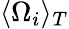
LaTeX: \langle\Omega_{i}\rangle_{T}